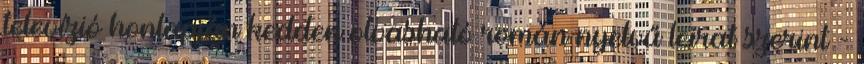
televízió honlapján kedden olvasható román nyelvű leirat szerint -